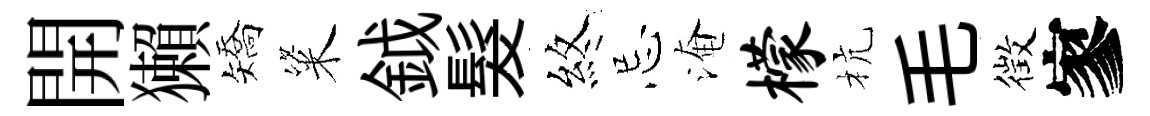
開獺矯粢鉞髮煞忌淹檬杭毛徴寥